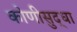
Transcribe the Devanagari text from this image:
कोणीसुद्धा